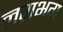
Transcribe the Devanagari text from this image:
लग़भग